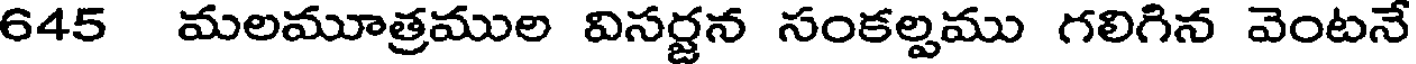
645 మలమూత్రముల విసర్జన సంకల్పము గలిగిన వెంటనే